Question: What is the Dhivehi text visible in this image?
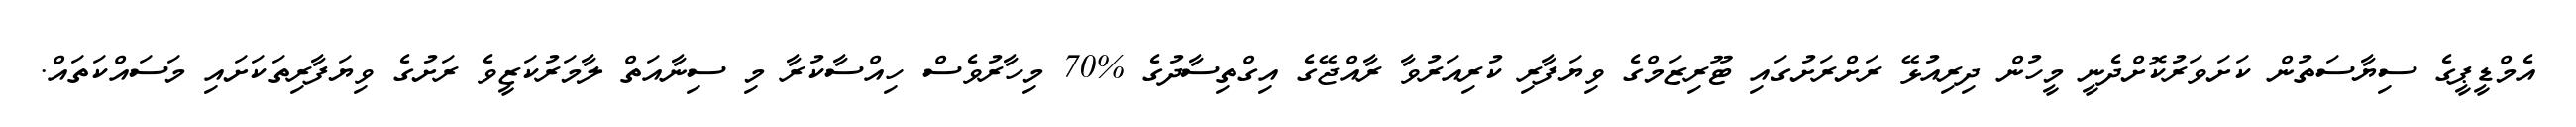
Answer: އެމްޑީޕީގެ ސިޔާސަތުން ކަށަވަރުކޮށްދެނީ މީހުން ދިރިއުޅޭ ރަށްރަށުގައި ޓޫރިޒަމްގެ ވިޔަފާރި ކުރިއަރުވާ ރާއްޖޭގެ އިގްތިސާދުގެ %70 މިހާރުވެސް ހިއްސާކުރާ މި ސިނާއަތް ލާމަރުކަޒީވެ ރަށުގެ ވިޔަފާރިތަކަށައި މަސައްކަތައް.